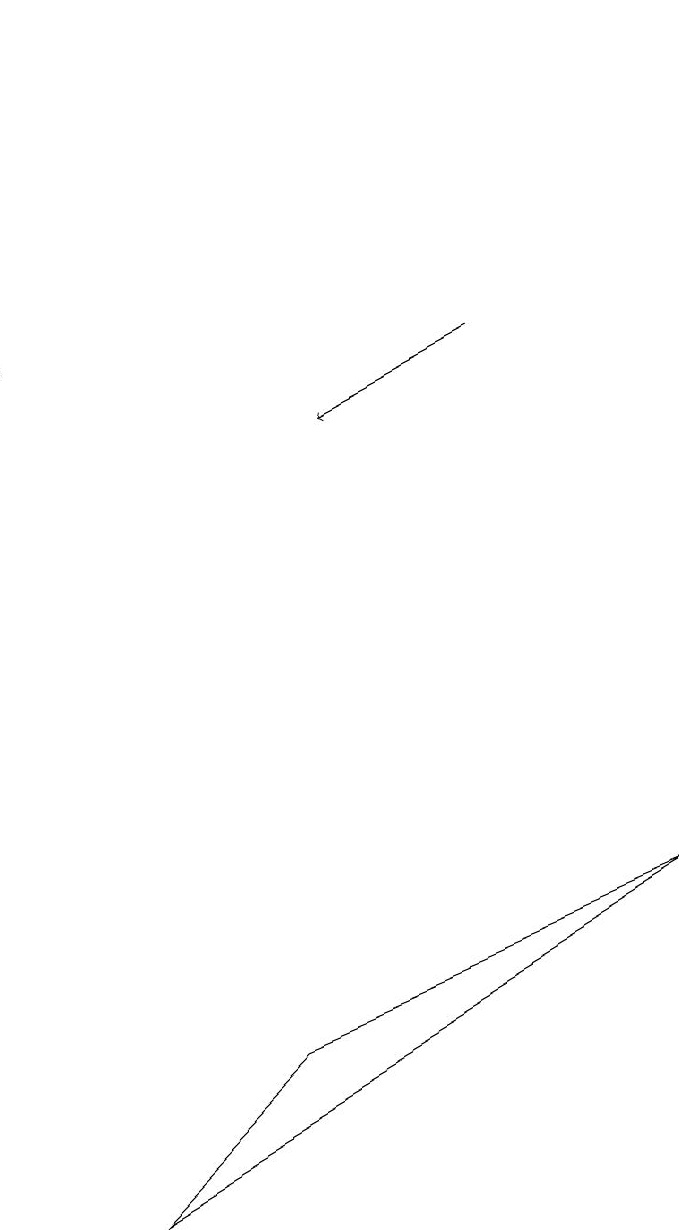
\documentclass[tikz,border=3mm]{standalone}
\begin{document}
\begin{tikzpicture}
\draw[->] (6,14) -- (4,13);
\draw[->] (0,18) -- (0,14);
\draw (3,5) -- (8,7) -- (1,3) -- cycle;
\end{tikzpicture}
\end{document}